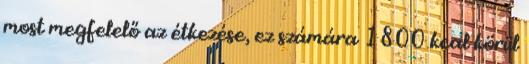
most megfelelő az étkezése, ez számára 1800 kcal körül